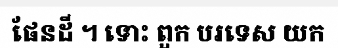
ផែនដី ។ ទោះ ពួក បរទេស យក